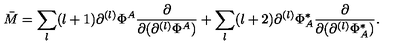
\bar { M } = \sum _ { l } ( l + 1 ) \partial ^ { ( l ) } \Phi ^ { A } \frac { \partial } { \partial ( \partial ^ { ( l ) } \Phi ^ { A } ) } + \sum _ { l } ( l + 2 ) \partial ^ { ( l ) } \Phi _ { A } ^ { * } \frac { \partial } { \partial ( \partial ^ { ( l ) } \Phi _ { A } ^ { * } ) } .